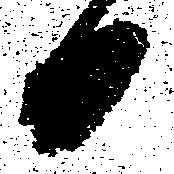
日